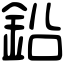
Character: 鉛